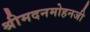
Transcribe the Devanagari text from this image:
श्रीमदनमोहनजी